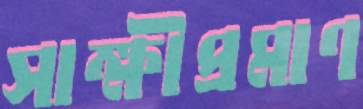
সাক্ষীপ্রমাণ